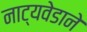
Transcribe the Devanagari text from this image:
नाट्यवेडाने